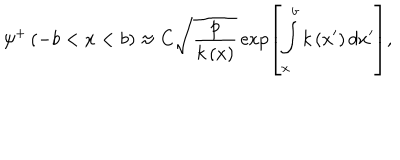
LaTeX: \psi ^ { + } \left( - b < x < b \right) \approx C \sqrt { \frac p { k \left( x \right) } } \exp \left[ \int _ { x } ^ { b } k \left( x ^ { \prime } \right) d x ^ { \prime } \right] ,